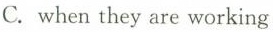
C. when they are working